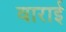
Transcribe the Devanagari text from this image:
वाराई